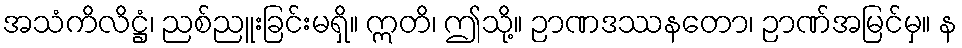
အသံကိလိဋ္ဌံ၊ ညစ်ညူးခြင်းမရှိ။ ဣတိ၊ ဤသို့။ ဉာဏဒဿနတော၊ ဉာဏ်အမြင်မှ။ န